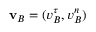
{ \bf v } _ { B } = ( v _ { B } ^ { \tau } , v _ { B } ^ { n } )